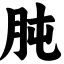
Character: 肫